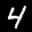
Digit: 4